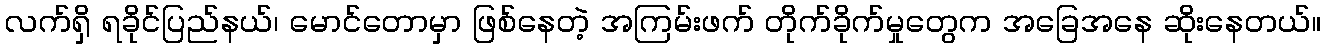
လက်ရှိ ရခိုင်ပြည်နယ်၊ မောင်တောမှာ ဖြစ်နေတဲ့ အကြမ်းဖက် တိုက်ခိုက်မှုတွေက အခြေအနေ ဆိုးနေတယ်။